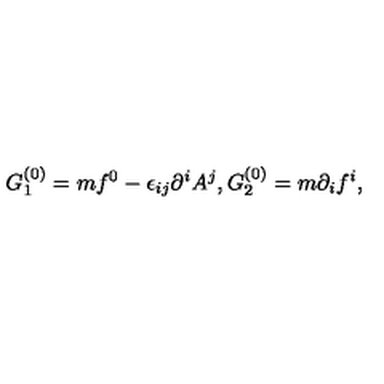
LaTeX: G _ { 1 } ^ { ( 0 ) } = m f ^ { 0 } - \epsilon _ { i j } \partial ^ { i } A ^ { j } , G _ { 2 } ^ { ( 0 ) } = m \partial _ { i } f ^ { i } ,